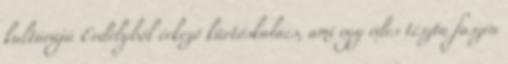
kultúrájú Erdélyből érkező kürtőskalács, ami egy édes tészta faszén